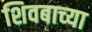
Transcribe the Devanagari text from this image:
शिवबाच्‍या